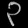
Digit: ၃